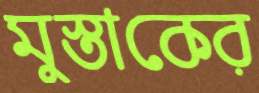
মুস্তাকের